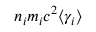
n _ { i } m _ { i } c ^ { 2 } \langle \gamma _ { i } \rangle